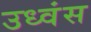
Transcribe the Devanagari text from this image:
उध्वंस